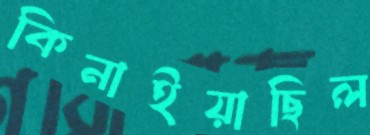
কিনাইয়াছিল